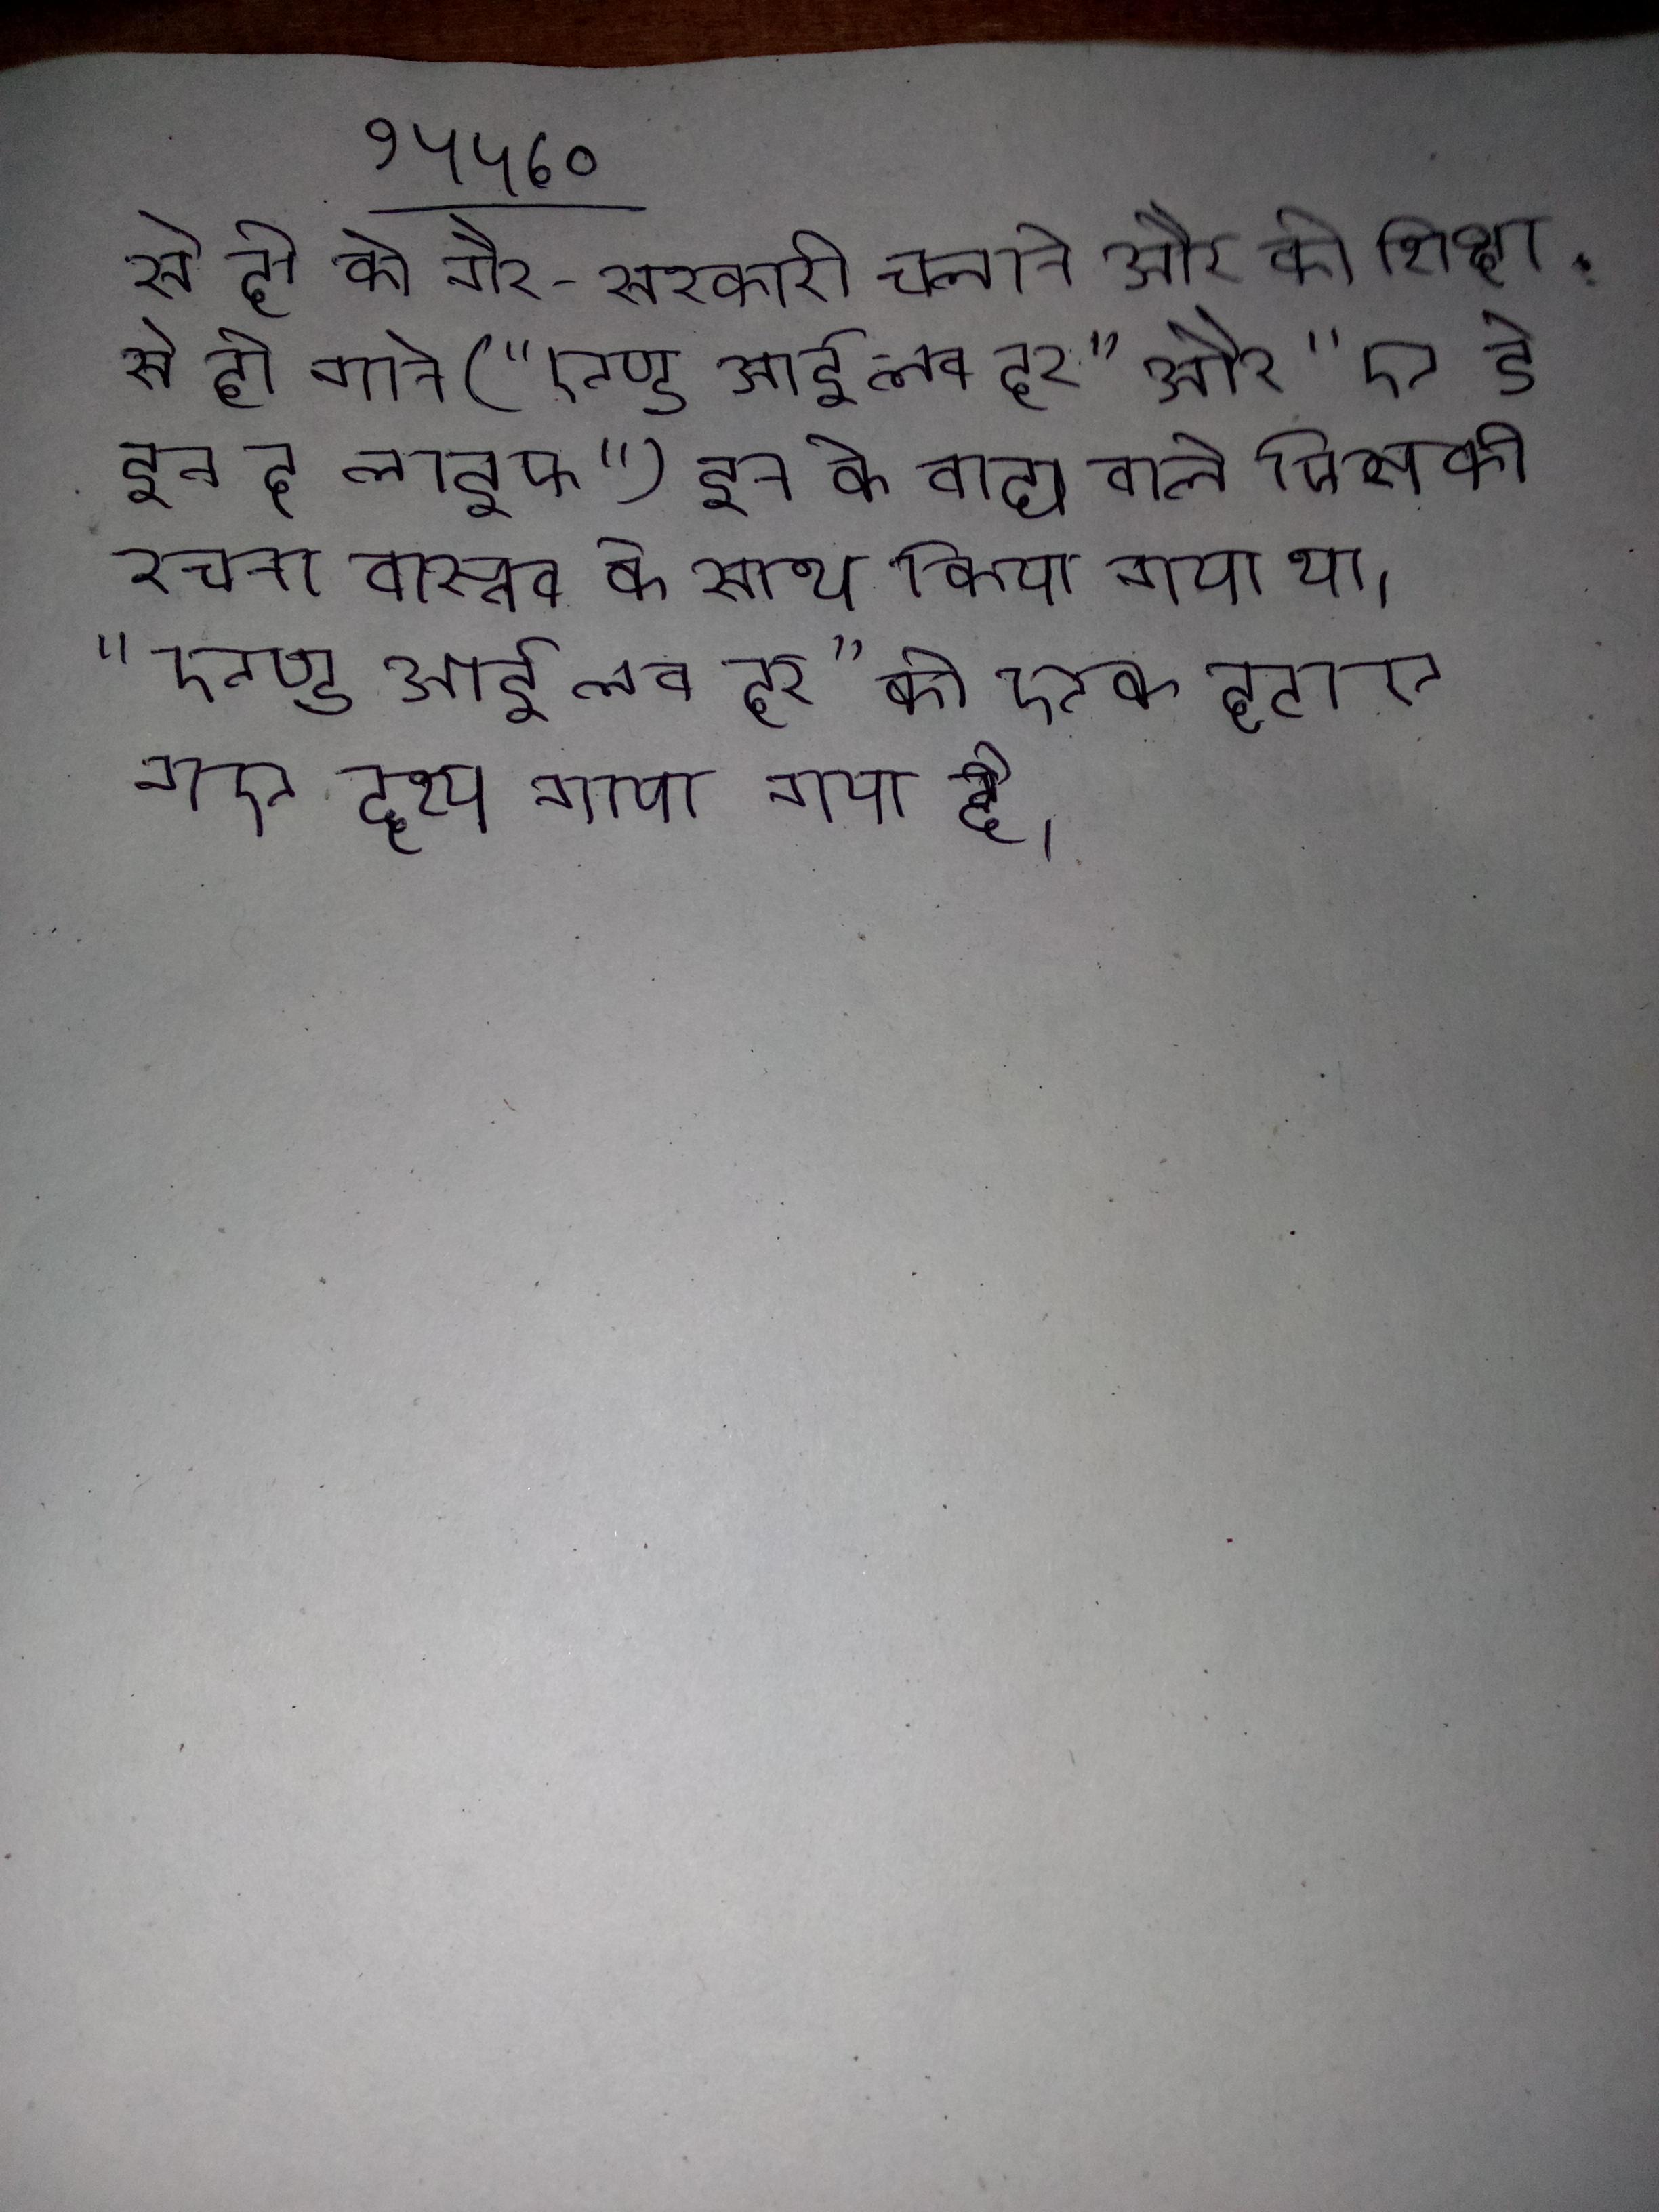
से दो को गैर-सरकारी चलाते और को शिक्षा . से दो गाने ("एण्ड आई लव हर" और "ए डे इन द लाइफ") इन के वाद्य वाले जिनकी रचना वास्तव के साथ किया गया था, "एण्ड आई लव हर" को एक हटाए गए दृश्य गाया गया है ।